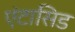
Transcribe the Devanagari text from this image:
एंटासिड